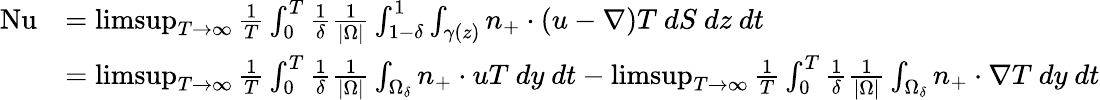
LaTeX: \begin{array}{rl}{\mathrm{{Nu}}}&{=\operatorname*{limsup}_{T\to\infty}\frac{1}{T}\int_{0}^{T}\frac{1}{\delta}\frac{1}{|\Omega|}\int_{1-\delta}^{1}\int_{\gamma(z)}n_{+}\cdot(u-\nabla)T\ dS\ dz\ dt}\\ &{=\operatorname*{limsup}_{T\to\infty}\frac{1}{T}\int_{0}^{T}\frac{1}{\delta}\frac{1}{|\Omega|}\int_{\Omega_{\delta}}n_{+}\cdot uT\ dy\ dt-\operatorname*{limsup}_{T\to\infty}\frac{1}{T}\int_{0}^{T}\frac{1}{\delta}\frac{1}{|\Omega|}\int_{\Omega_{\delta}}n_{+}\cdot\nabla T\ dy\ dt}\end{array}